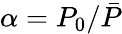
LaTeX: \alpha=P_{0}/\bar{P}